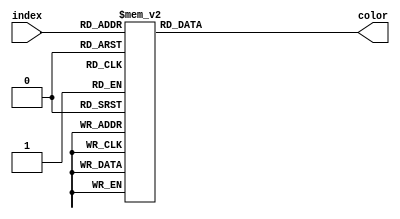
module VGAColor(
    input [3:0] index,
    output reg[11:0] color
);

    always @(*) begin
        case (index)
            4'b0000: color <= 12'h000;
            4'b0001: color <= 12'h00a;
            4'b0010: color <= 12'h0a0;
            4'b0011: color <= 12'h0aa;
            4'b0100: color <= 12'ha00;
            4'b0101: color <= 12'ha0a;
            4'b0110: color <= 12'haa0;
            4'b0111: color <= 12'haaa;
            4'b1000: color <= 12'h444;
            4'b1001: color <= 12'h44f;
            4'b1010: color <= 12'h4f4;
            4'b1011: color <= 12'h4ff;
            4'b1100: color <= 12'hf44;
            4'b1101: color <= 12'hf4f;
            4'b1110: color <= 12'hff4;
            4'b1111: color <= 12'hfff;
            default: color <= 12'h000;
        endcase
    end

endmodule